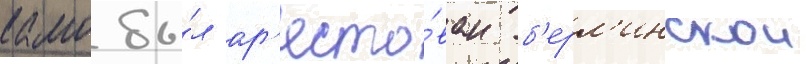
камо бы́л ар'есто́ван б'ерл'инскои